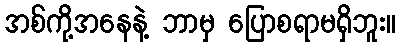
အစ်ကို့အနေနဲ့ ဘာမှ ပြောစရာမရှိဘူး။